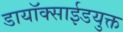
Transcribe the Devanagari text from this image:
डायॉक्साईडयुक्त